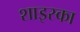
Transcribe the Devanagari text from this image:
शाइस्का